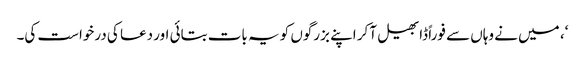
‘، میں نے وہاں سے فوراً ڈابھیل آکر اپنے بزرگوں کو یہ بات بتائی اور دعا کی درخواست کی۔